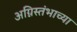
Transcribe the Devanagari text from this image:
अग्निस्तंभाच्या